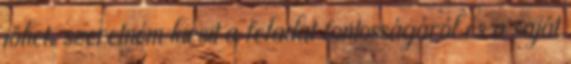
jöhet, szeretném kicsit a feladat fontosságáról és a saját